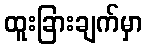
ထူးခြားချက်မှာ